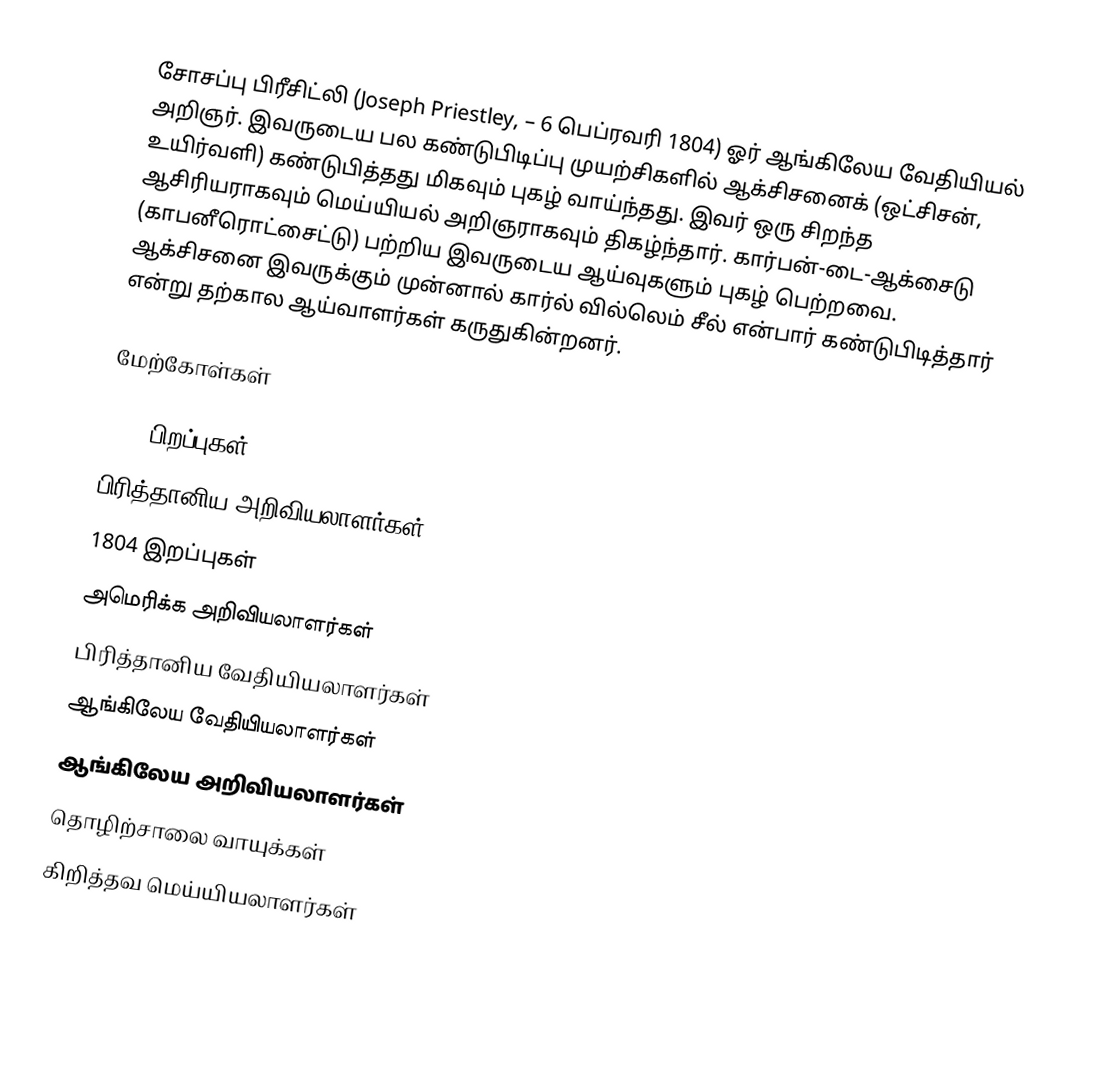
சோசப்பு பிரீசிட்லி (Joseph Priestley,  – 6 பெப்ரவரி 1804) ஓர் ஆங்கிலேய வேதியியல் அறிஞர். இவருடைய பல கண்டுபிடிப்பு முயற்சிகளில் ஆக்சிசனைக் (ஒட்சிசன், உயிர்வளி) கண்டுபித்தது மிகவும் புகழ் வாய்ந்தது. இவர் ஒரு சிறந்த ஆசிரியராகவும் மெய்யியல் அறிஞராகவும் திகழ்ந்தார். கார்பன்-டை-ஆக்சைடு (காபனீரொட்சைட்டு) பற்றிய இவருடைய ஆய்வுகளும் புகழ் பெற்றவை. ஆக்சிசனை இவருக்கும் முன்னால் கார்ல் வில்லெம் சீல் என்பார் கண்டுபிடித்தார் என்று தற்கால ஆய்வாளர்கள் கருதுகின்றனர்.

மேற்கோள்கள்

1733 பிறப்புகள்
பிரித்தானிய அறிவியலாளர்கள்
1804 இறப்புகள்
அமெரிக்க அறிவியலாளர்கள்
பிரித்தானிய வேதியியலாளர்கள்
ஆங்கிலேய வேதியியலாளர்கள்
ஆங்கிலேய அறிவியலாளர்கள்
தொழிற்சாலை வாயுக்கள்
கிறித்தவ மெய்யியலாளர்கள்